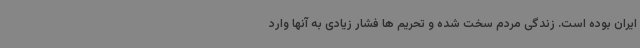
ایران بوده است. زندگی مردم سخت شده و تحریم ها فشار زیادی به آنها وارد